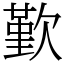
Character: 歏